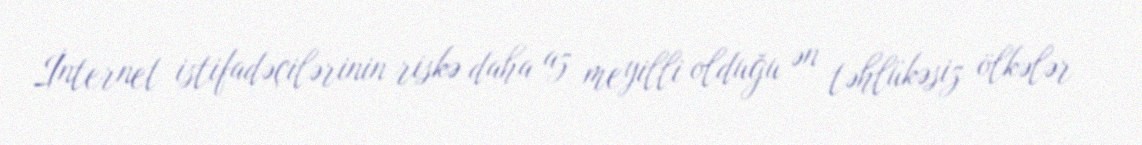
İnternet istifadəçilərinin riskə daha az meyilli olduğu ən təhlükəsiz ölkələr